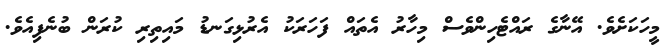
މީހަކަށެވެ. އޭނާގެ ރައްޓެހިންވެސް މިހާރު އެތައް ފަހަރަކު އެރުޅިގަނޑު މައިތިރި ކުރަން ބުނެފިއެވެ.